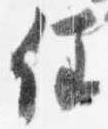
任